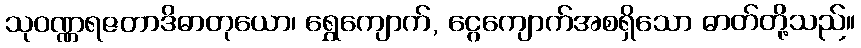
သုဝဏ္ဏရဇတာဒိဓာတုယော၊ ရွှေကျောက်, ငွေကျောက်အစရှိသော ဓာတ်တို့သည်။